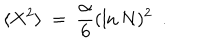
LaTeX: \langle X ^ { 2 } \rangle ~ = ~ \frac { \alpha } { 6 } ( \ln N ) ^ { 2 } ~ ~ .